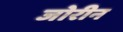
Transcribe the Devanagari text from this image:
जोरीन